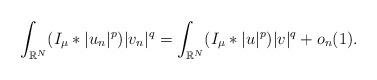
LaTeX: \begin{align*}\int_{\mathbb{R}^N}(I_\mu\ast|u_n|^{p})|v_n|^{q}=\int_{\mathbb{R}^N}(I_\mu\ast|u|^{p})|v|^{q}+o_n(1).\end{align*}